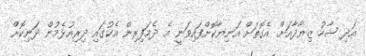
އަދި ޝާހު ޒިޔާދާއަށް އެގޮތަށް އަނިޔާކޮށްފައިވަނީ އެ ދެމަފިރިން އެކުގައި ދިރިއުޅެމުން ދަނިކޮށް